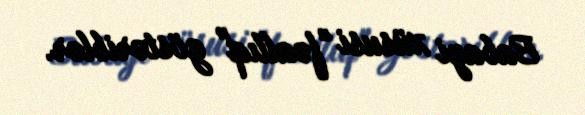
Babayi xüsusi "fəallıq" göstəriblər.